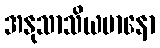
အနုသာသိယမာနော